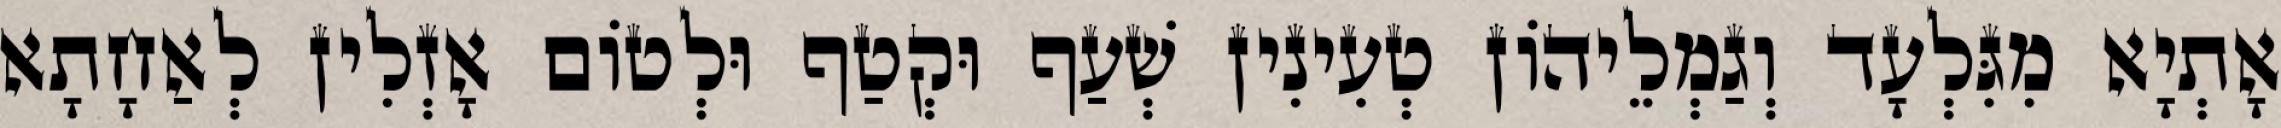
אָתְיָא מִגִּלְעָד וְגַמְלֵיהוֹן טְעִינִין שְׁעַף וּקְטַף וּלְטוֹם אָזְלִין לְאַחָתָא